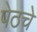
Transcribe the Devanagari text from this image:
पेठचे